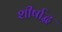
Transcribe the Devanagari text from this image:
शीर्षाद्ध